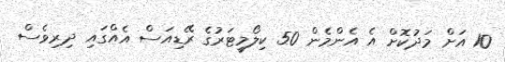
10 އަށް މަދުކޮށް އެ އެންމެން 50 ކިލޯމީޓަރުގެ ރޭޑިއަސް އެއްގައި ދިރިވެސް